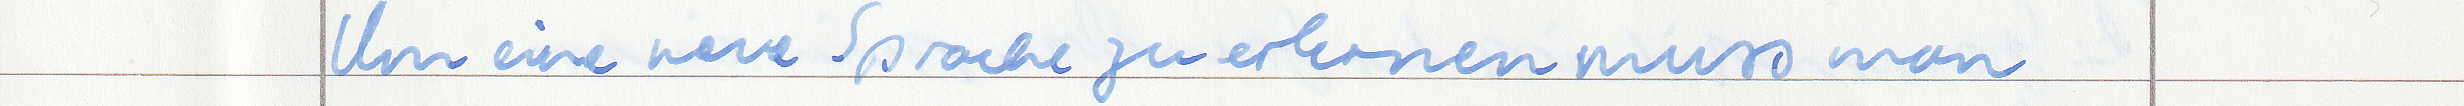
Um eine neue Sprache zu erlenen muss man